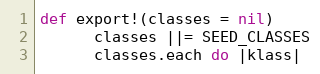
Language: Ruby
def export!(classes = nil)
      classes ||= SEED_CLASSES
      classes.each do |klass|